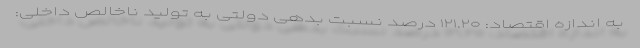
به اندازه اقتصاد: ۱۲۱.۲۰ درصد نسبت بدهی دولتی به تولید ناخالص داخلی: